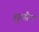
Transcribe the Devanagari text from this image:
शुरसैन